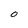
Character: O